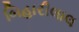
બિહારીલાલ